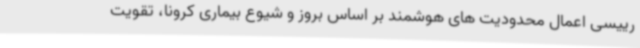
رییسی اعمال محدودیت های هوشمند بر اساس بروز و شیوع بیماری کرونا، تقویت